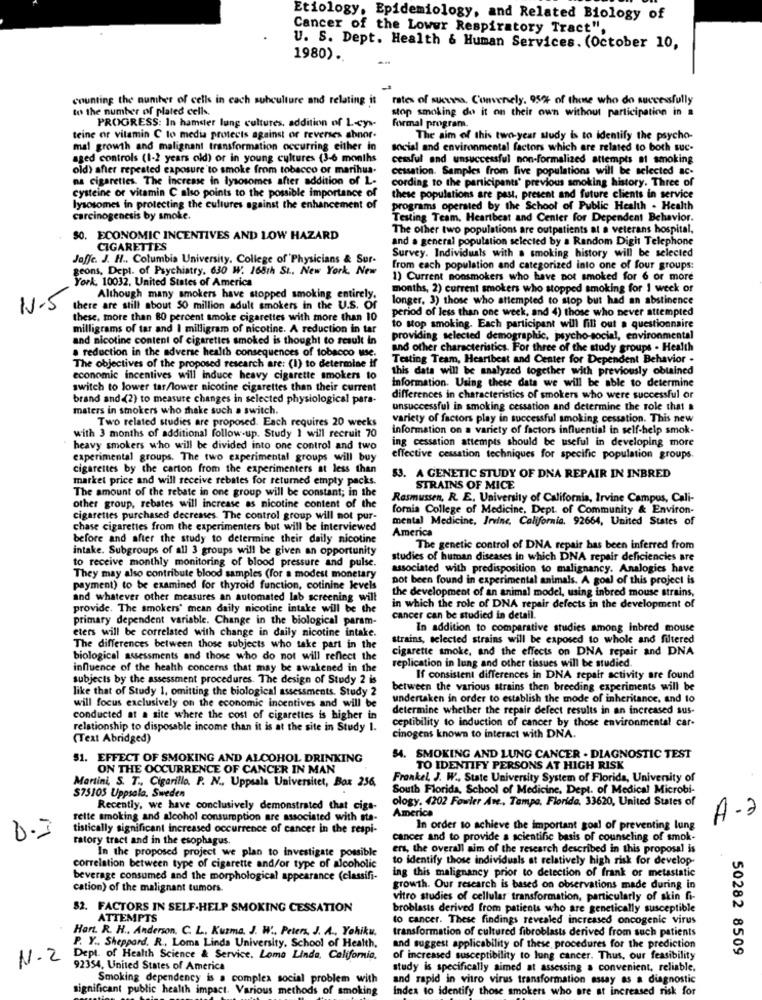
Etiology, Epidemiology, and Related Biology of
Cancer of the Lower Respiratory Tract",
U. S. Dept. Health & Human Services. (October 10,
1980) ..
counting the number of cells in each subculture and relating it
rates of success. Convenely. 952 of those who do successfully
to the number of plated cells.
stop smoking do it on their own without participation in a
PROGRESS: In hamster lung cultures, addition of L-cys-
formal program.
teine er vitamin C to media protects against or reverses abnor-
The aim of this two-year sudy is to identify the psycho-
mal growth and malignant transformation occurring either in
social and environmental factors which are related to both suc-
aged controls (1-2 years old) or in young cultures (3-6 months
cessful and unsuccessful non-formalized attempts at smoking
old) after repeated exposure to smoke from tobacco or marihua.
cessation. Samples from five populations will be selected ac-
os cigarettes. The increase in lysosomes after addition of L-
cording to the participants' previous smoking history. Three of
cysteine or vitamin C also points to the possible importance of
these populations are past, present and future clients in service
lysosomes in protecting the cultures against the enhancement of
programs operated by the School of Public Health - Health
carcinogenesis by smoke.
Testing Team, Heartbeat and Center for Dependent Behavior.
The other two populations are outpatients at a veterans hospital,
50. ECONOMIC INCENTIVES AND LOW HAZARD
and a general population selected by a Random Digit Telephone
CIGARETTES
Joffe. J. H ., Columbia University, College of Physicians & Sur-
Survey. Individuals with a smoking history will be selected
geons, Dept. of Psychiatry. 630 W. 165th St ., New York, New
from each population and categorized into one of four groups:
York. 10032. United States of America
1) Current nonsmokers who have not smoked for 6 or more
months, 2) current smokers who stopped smoking for 1 week of
Although many smokers have stopped smoking entirely.
longer. 3) those who attempted to stop but had an abstinence
1.5
there are still about 50 million adult smokers in the U.S. Of
period of less than one week, and 4) those who never attempted
these. more than 80 percent smoke cigarettes with more than 10
milligrams of tar and I milligram of nicotine. A reduction in tar
to stop smoking. Each participant will fill out a questionnaire
and nicotine content of cigarettes smoked is thought to result in
providing selected demographic, psycho-social, environmental
a reduction in the adverse health consequences of tobacco use.
and other characteristics. For three of the study groups . Health
Testing Team, Heartbeat and Center for Dependent Behavior .
The objectives of the proposed research are: (1) to determine if
this data will be analyzed together with previously obtained
economic incentives will induce heavy cigarette smokers to
Information. Using these data we will be able to determine
switch to lower tar/lower nicotine cigarettes than their current
brand and (2) to measure changes in selected physiological para-
differences in characteristics of smokers who were successful or
maters in smokers who shake such a switch.
unsuccessful in smoking cessation and determine the role that a
Two related studies are proposed. Each requires 20 weeks
variety of factors play in successful smoking cessation. This new
information on a variety of factors influential in self-help smok-
with 3 months of additional follow-up. Study 1 will recruit 70
ing cessation attempts should be useful in developing more
heavy smokers who will be divided into one control and two
experimental groups. The two experimental groups will buy
effective cessation techniques for specific population groups.
cigarettes by the carton from the experimenters at less than
market price and will receive rebates for returned empty packs.
53. A GENETIC STUDY OF DNA REPAIR IN INBRED
The amount of the rebate in one group will be constant; in the
STRAINS OF MICE
Rasmussen, R. E. University of California, Irvine Campus, Cali-
other group, rebates will increase as nicotine content of the
fornia College of Medicine, Dept. of Community & Environ-
cigarettes purchased decreases. The control group will not pur-
mental Medicine, Irvine, California. 92664, United States of
chase cigarettes from the experimenters but will be interviewed
America
before and after the study to determine their daily nicotine
intake. Subgroups of all 3 groups will be given an opportunity
The genetic control of DNA repair has been inferred from
to receive monthly monitoring of blood pressure and pulse.
studies of human diseases in which DNA repair deficiencies are
associated with predisposition to malignancy. Analogies have
They may also contribute blood samples (for a modest monetary
pot been found in experimental animals. A goal of this project is
payment) to be examined for thyroid function, cotinine levels
the development of an animal model, using inbred mouse strains,
and whatever other measures an automated lab screening will
provide. The smokers' mean daily nicotine intake will be the
in which the role of DNA repair defects in the development of
primary dependent variable. Change in the biological param-
cancer can be studied in detail.
eters will be correlated with change in daily nicotine intake.
In addition to comparative studies among Inbred mouse
strains, selected strains will be exposed to whole and filtered
The differences between those subjects who take part in the
cigarette smoke, and the effects on DNA repair and DNA
biological assessments and those who do not will reflect the
replication in lung and other tissues will be studied.
influence of the health concerns that may be awakened in the
subjects by the assessment procedures. The design of Study 2 is
If consistent differences in DNA repair activity are found
like that of Study 1, omitting the biological assessments. Study 2
between the various strains then breeding experiments will be
will focus exclusively on the economic incentives and will be
undertaken in order to establish the mode of inheritance, and to
determine whether the repair defect results in an increased sus-
conducted at a site where the cost of cigarettes is higher in
ceptibility to induction of cancer by those environmental car-
relationship to disposable income than it is at the site in Study 1.
(Text Abridged)
cinogens known to interact with DNA.
51. EFFECT OF SMOKING AND ALCOHOL DRINKING
54. SMOKING AND LUNG CANCER - DIAGNOSTIC TEST
ON THE OCCURRENCE OF CANCER IN MAN
TO IDENTIFY PERSONS AT HIGH RISK
Martini, S. T ., Cigarillo. P. N ., Uppsala Universitet, Box 256,
Frankel, J. W ., State University System of Florida, University of
South Florida, School of Medicine, Dept. of Medical Microbi-
$75105 Uppsala, Sweden
ology. 4202 Fowler Ave ., Tampa, Florida, 33620, United States of
Recently, we have conclusively demonstrated that cigs-
America
rette smoking and alcohol consumption are associated with sta-
A -2
tistically significant increased occurrence of cancer in the respi-
In order to achieve the important goal of preventing lung
6.3
ratory tract and in the esophagus.
cancer and to provide a scientific basis of counseling of smok-
In the proposed project we plan to investigate possible
ers, the overall aim of the research described in this proposal is
to identify those individuals at relatively high risk for develop-
correlation between type of cigarette and/or type of alcoholic
ing this malignancy prior to detection of frank or metastatic
beverage consumed and the morphological appearance (classifi-
cation) of the malignant tumors
growth. Our research is based on observations made during in
vitro studies of cellular transformation, particularly of skin fi-
$2. FACTORS IN SELF-HELP SMOKING CESSATION
broblasts derived from patients who are genetically susceptible
ATTEMPTS
to cancer. These findings revealed increased oncogenic virus
Han. R. H ., Anderson. C. L ., Kuzma, J. W ., Peters, J. A ., Yohiku.
transformation of cultured fibroblasts derived from such patients
P. Y ., Sheppard. R ., Loma Linda University, School of Health,
and suggest applicability of these procedures for the prediction
50282 8509
N.2
Dept. of Health Science & Service, Loma Linda, California.
of increased susceptibility to lung cancer. Thus, our feasibility
92354, United States of America
study is specifically aimed at assessing a convenient, reliable.
Smoking dependency is a complex social problem with
and rapid in vitro virus transformation assay as a diagnostic
significant public health impact. Various methods of smoking
Index to identify those smokers who are at increased risk for